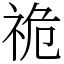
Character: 祪